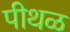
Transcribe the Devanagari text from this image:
पीथळ